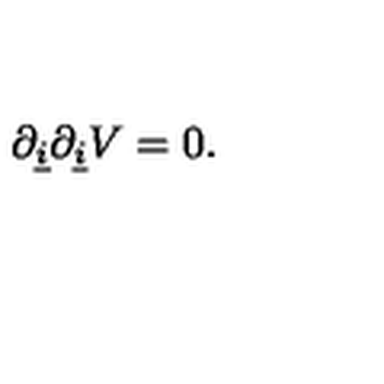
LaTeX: \partial _ { \underline { { i } } } \partial _ { \underline { { i } } } V = 0 .